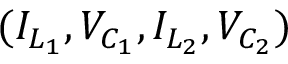
( { I } _ { L _ { 1 } } , { V } _ { C _ { 1 } } , { I } _ { L _ { 2 } } , { V } _ { C _ { 2 } } )